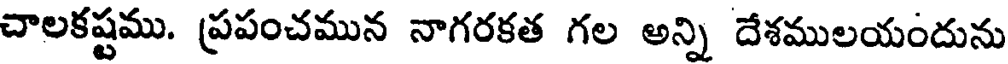
చాలకష్టము. ప్రపంచమున నాగరకత గల అన్ని దేశములయందును